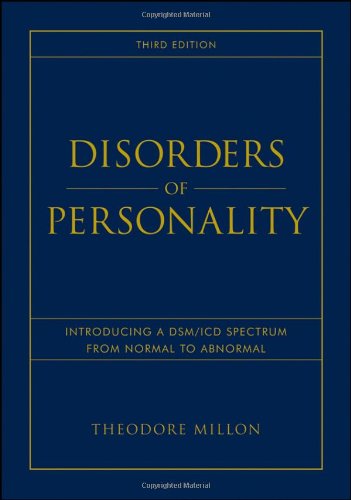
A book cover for Disorders of Personality: Introducing a DSM / ICD Spectrum from Normal to Abnormal; Theodore Millon; Health, Fitness & Dieting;